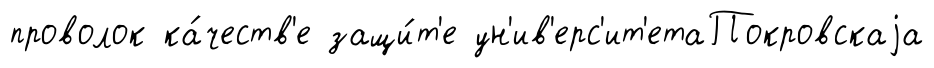
проволок ка́честв'е защи́т'е ун'ив'ерс'ит'етаПокровскаjа